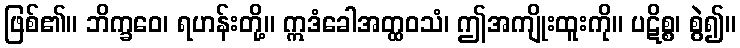
ဖြစ်၏။ ဘိက္ခဝေ၊ ရဟန်းတို့။ ဣဒံခေါအတ္ထဝသံ၊ ဤအကျိုးထူးကို။ ပဋိစ္စ၊ စွဲ၍။